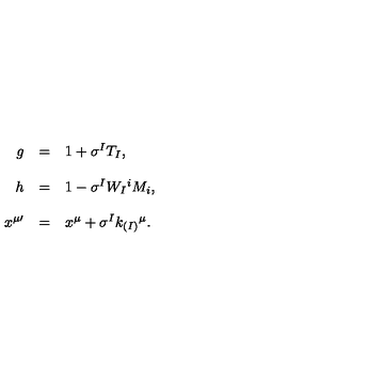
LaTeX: \begin{array} { r c l } { g } & { = } & { 1 + \sigma ^ { I } T _ { I } , } \\ { } & { } & { } \\ { h } & { = } & { 1 - \sigma ^ { I } W _ { I } { } ^ { i } M _ { i } , } \\ { } & { } & { } \\ { x ^ { \mu \prime } } & { = } & { x ^ { \mu } + \sigma ^ { I } k _ { ( I ) } { } ^ { \mu } . } \\ \end{array}